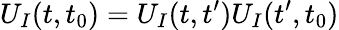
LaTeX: U_{I}(t,t_{0})=U_{I}(t,t^{\prime})U_{I}(t^{\prime},t_{0})